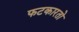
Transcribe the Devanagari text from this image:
फटकारतो